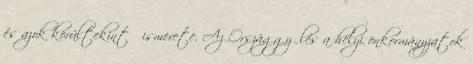
és azok körültekintő ismerete. Az Országgyűlés a helyi önkormányzatok